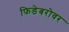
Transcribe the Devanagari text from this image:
फिडेबरोवर